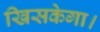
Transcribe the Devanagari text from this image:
खिसकेगा।